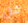
من